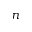
n